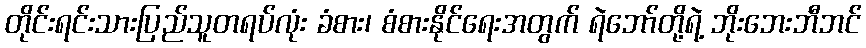
တိုင်းရင်းသားပြည်သူတရပ်လုံး ခံစား၊ စံစားနိုင်ရေးအတွက် ရဲဘော်တို့ရဲ့ ဘိုးဘေးဘီဘင်